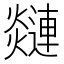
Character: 𲆅